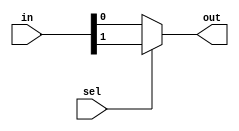
module mux2_1(in,sel,out);
input[1:0] in;
input sel;
output out;
    assign out=sel?in[1]:in[0];
endmodule
module Barrel_shifter(in,sel,out);
input[7:0] in;
input[2:0] sel;
output[7:0] out;
wire[7:0] w1,w2;
mux2_1 M17({in[7],in[7]},sel[0],w1[7]);
mux2_1 M16({in[7],in[6]},sel[0],w1[6]);
mux2_1 M15({in[6],in[5]},sel[0],w1[5]);
mux2_1 M14({in[5],in[4]},sel[0],w1[4]);
mux2_1 M13({in[4],in[3]},sel[0],w1[3]);
mux2_1 M12({in[3],in[2]},sel[0],w1[2]);
mux2_1 M11({in[2],in[1]},sel[0],w1[1]);
mux2_1 M10({in[1],in[0]},sel[0],w1[0]);
mux2_1 M27({w1[7],w1[7]},sel[1],w2[7]);
mux2_1 M26({w1[7],w1[6]},sel[1],w2[6]);
mux2_1 M25({w1[7],w1[5]},sel[1],w2[5]);
mux2_1 M24({w1[6],w1[4]},sel[1],w2[4]);
mux2_1 M23({w1[5],w1[3]},sel[1],w2[3]);
mux2_1 M22({w1[4],w1[2]},sel[1],w2[2]);
mux2_1 M21({w1[3],w1[1]},sel[1],w2[1]);
mux2_1 M20({w1[2],w1[0]},sel[1],w2[0]);
mux2_1 M37({w2[7],w2[7]},sel[2],out[7]);
mux2_1 M36({w2[7],w2[6]},sel[2],out[6]);
mux2_1 M35({w2[7],w2[5]},sel[2],out[5]);
mux2_1 M34({w2[7],w2[4]},sel[2],out[4]);
mux2_1 M33({w2[7],w2[3]},sel[2],out[3]);
mux2_1 M32({w2[6],w2[2]},sel[2],out[2]);
mux2_1 M31({w2[5],w2[1]},sel[2],out[1]);
mux2_1 M30({w2[4],w2[0]},sel[2],out[0]);
endmodule